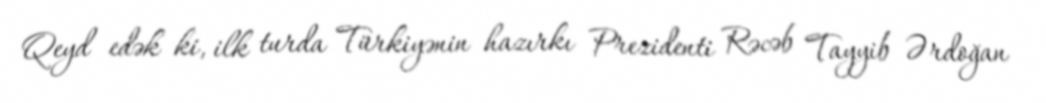
Qeyd edək ki, ilk turda Türkiyənin hazırkı Prezidenti Rəcəb Tayyib Ərdoğan